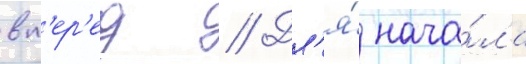
вп'ер'ед // Дл'я́ нача́ла